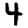
Digit: 4